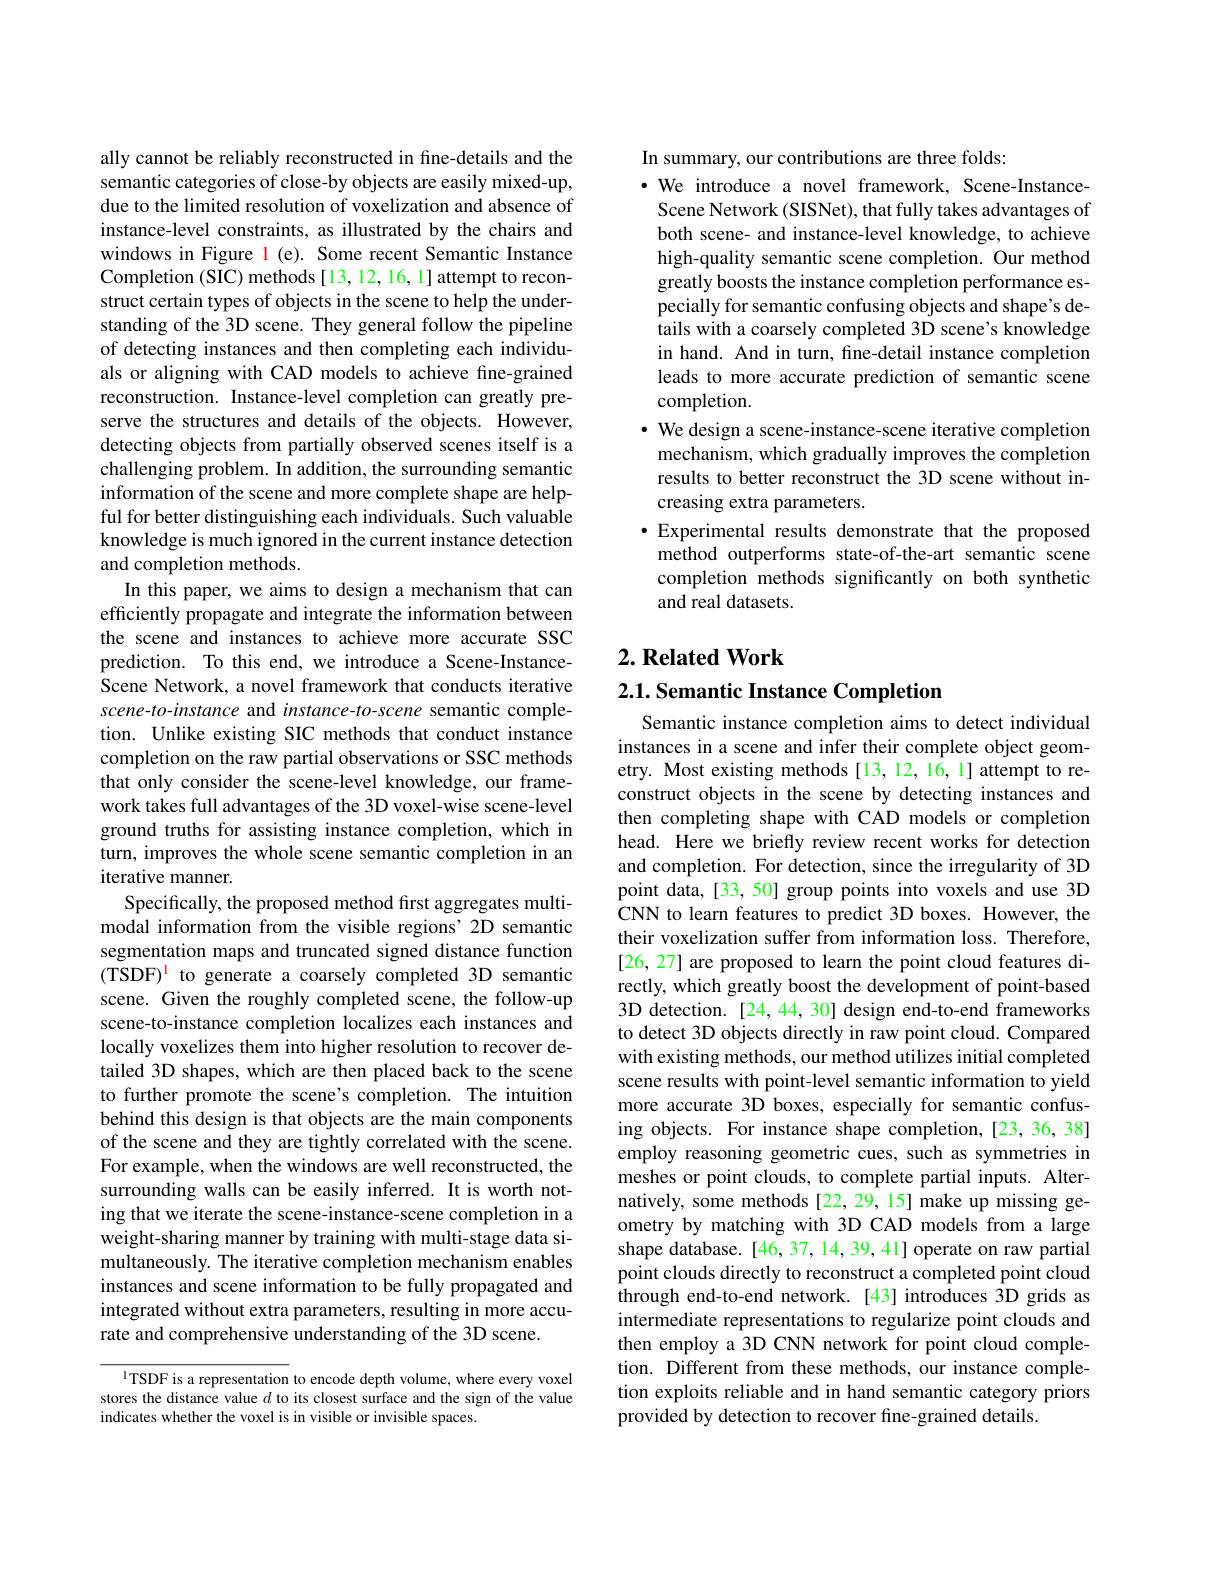
ally cannot be reliably reconstructed in fine-details and the semantic categories of close-by objects are easily mixed-up, due to the limited resolution of voxelization and absence of instance-level constraints, as illustrated by the chairs and windows in Figure l (e). Some recent Semantic Instance Completion (SIC) methods [13,12,16,1] attempt to reconstruct certain types of objects in the scene to help the understanding of the 3D scene. They general follow the pipeline of detecting instances and then completing each individuals or aligning with CAD models to achieve fine-grained reconstruction. Instance-level completion can greatly preserve the structures and details of the objects. However, detecting objects from partially observed scenes itself is a challenging problem. In addition, the surrounding semantic information of the scene and more complete shape are helpful for better distinguishing each individuals. Such valuable knowledge is much ignored in the current instance detection and completion methods.
In this paper, we aims to design a mechanism that can efficiently propagate and integrate the information between the scene and instances to achieve more accurate SSC prediction. To this end, we introduce a Scene-InstanceScene Network, a novel framework that conducts iterative scene-to-instance and instance-to-scene semantic completion. Unlike existing SIC methods that conduct instance completion on the raw partial observations or SSC methods that only consider the scene-level knowledge, our framework takes full advantages of the 3D voxel-wise scene-level ground truths for assisting instance completion, which in turn, improves the whole scene semantic completion in an iterative manner.
Specifically, the proposed method first aggregates multimodal information from the visible regions' 2D semantic segmentation maps and truncated signed distance function $(TSDF)^1 to generate a coarsely completed 3D semantic$ scene. Given the roughly completed scene, the follow-up scene-to-instance completion localizes each instances and locally voxelizes them into higher resolution to recover detailed 3D shapes, which are then placed back to the scene to further promote the scene's completion. The intuition behind this design is that objects are the main components of the scene and they are tightly correlated with the scene. For example, when the windows are well reconstructed, the surrounding walls can be easily inferred. It is worth noting that we iterate the scene-instance-scene completion in a weight-sharing manner by training with multi-stage data simultaneously. The iterative completion mechanism enables instances and scene information to be fully propagated and integrated without extra parameters, resulting in more accurate and comprehensive understanding of the 3D scene.

$^{1}$TSDF is a representation to encode depth volume, where every voxel stores the distance value $d$ to its closest surface and the sign of the value indicates whether the voxel is in visible or invisible spaces.

In summary, our contributions are three folds:
$\cdot$ We introduce a novel framework, Scene-InstanceScene Network (SISNet), that fully takes advantages of both scene- and instance-level knowledge, to achieve high-quality semantic scene completion. Our method greatly boosts the instance completion performance especially for semantic confusing objects and shape's details with a coarsely completed 3D scene's knowledge in hand. And in turn, fine-detail instance completion leads to more accurate prediction of semantic scene completion.
· We design a scene-instance-scene iterative completion
mechanism, which gradually improves the completion results to better reconstruct the 3D scene without increasing extra parameters.
$\bullet$ Experimental results demonstrate that the proposed method outperforms state-of-the-art semantic scene completion methods significantly on both synthetic and real datasets.

## $2. \textbf{Related Work}$

2.1. Semantic Instance Completion

Semantic instance completion aims to detect individual instances in a scene and infer their complete object geometry. Most existing methods [13,12,16,1] attempt to reconstruct objects in the scene by detecting instances and then completing shape with CAD models or completion head. Here we briefly review recent works for detection and completion. For detection, since the irregularity of 3D point data, [33, 50] group points into voxels and use 3D CNN to learn features to predict 3D boxes. However, the their voxelization suffer from information loss. Therefore, [26, 27] are proposed to learn the point cloud features directly, which greatly boost the development of point-based 3D detection. [24,44,30] design end-to-end frameworks to detect 3D objects directly in raw point cloud. Compared with existing methods, our method utilizes initial completed scene results with point-level semantic information to yield more accurate 3D boxes, especially for semantic confusing objects. For instance shape completion,[23,36,38] employ reasoning geometric cues, such as symmetries in meshes or point clouds, to complete partial inputs. Alternatively, some methods [22,29,15] make up missing geometry by matching with 3D CAD models from a large shape database. [46, 37, 14, 39, 41] operate on raw partial point clouds directly to reconstruct a completed point cloud through end-to-end network.[43] introduces 3D grids as intermediate representations to regularize point clouds and then employ a 3D CNN network for point cloud completion. Different from these methods, our instance completion exploits reliable and in hand semantic category priors provided by detection to recover fine-grained details.